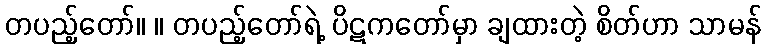
တပည့်တော်။ ။ တပည့်တော်ရဲ့ ပိဋကတော်မှာ ချထားတဲ့ စိတ်ဟာ သာမန်